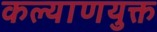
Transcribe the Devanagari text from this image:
कल्याणयुक्त